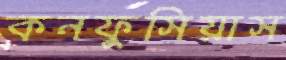
কনফুসিয়াস